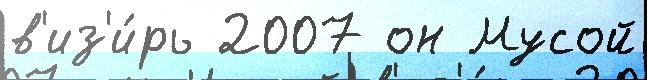
в'из'и́рь 2007 он Мусой